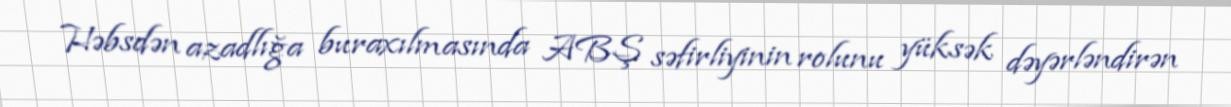
Həbsdən azadlığa buraxılmasında ABŞ səfirliyinin rolunu yüksək dəyərləndirən